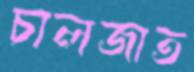
চালজাত